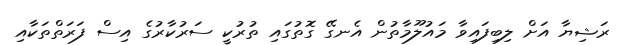
ރަޝިޔާ އަށް ލިބިފައިވާ މައުލޫމާތުން އެނގޭ ގޮތުގައި ތުރުކީ ސަރުކާރުގެ އިސް ފަރަތްތަކާއި